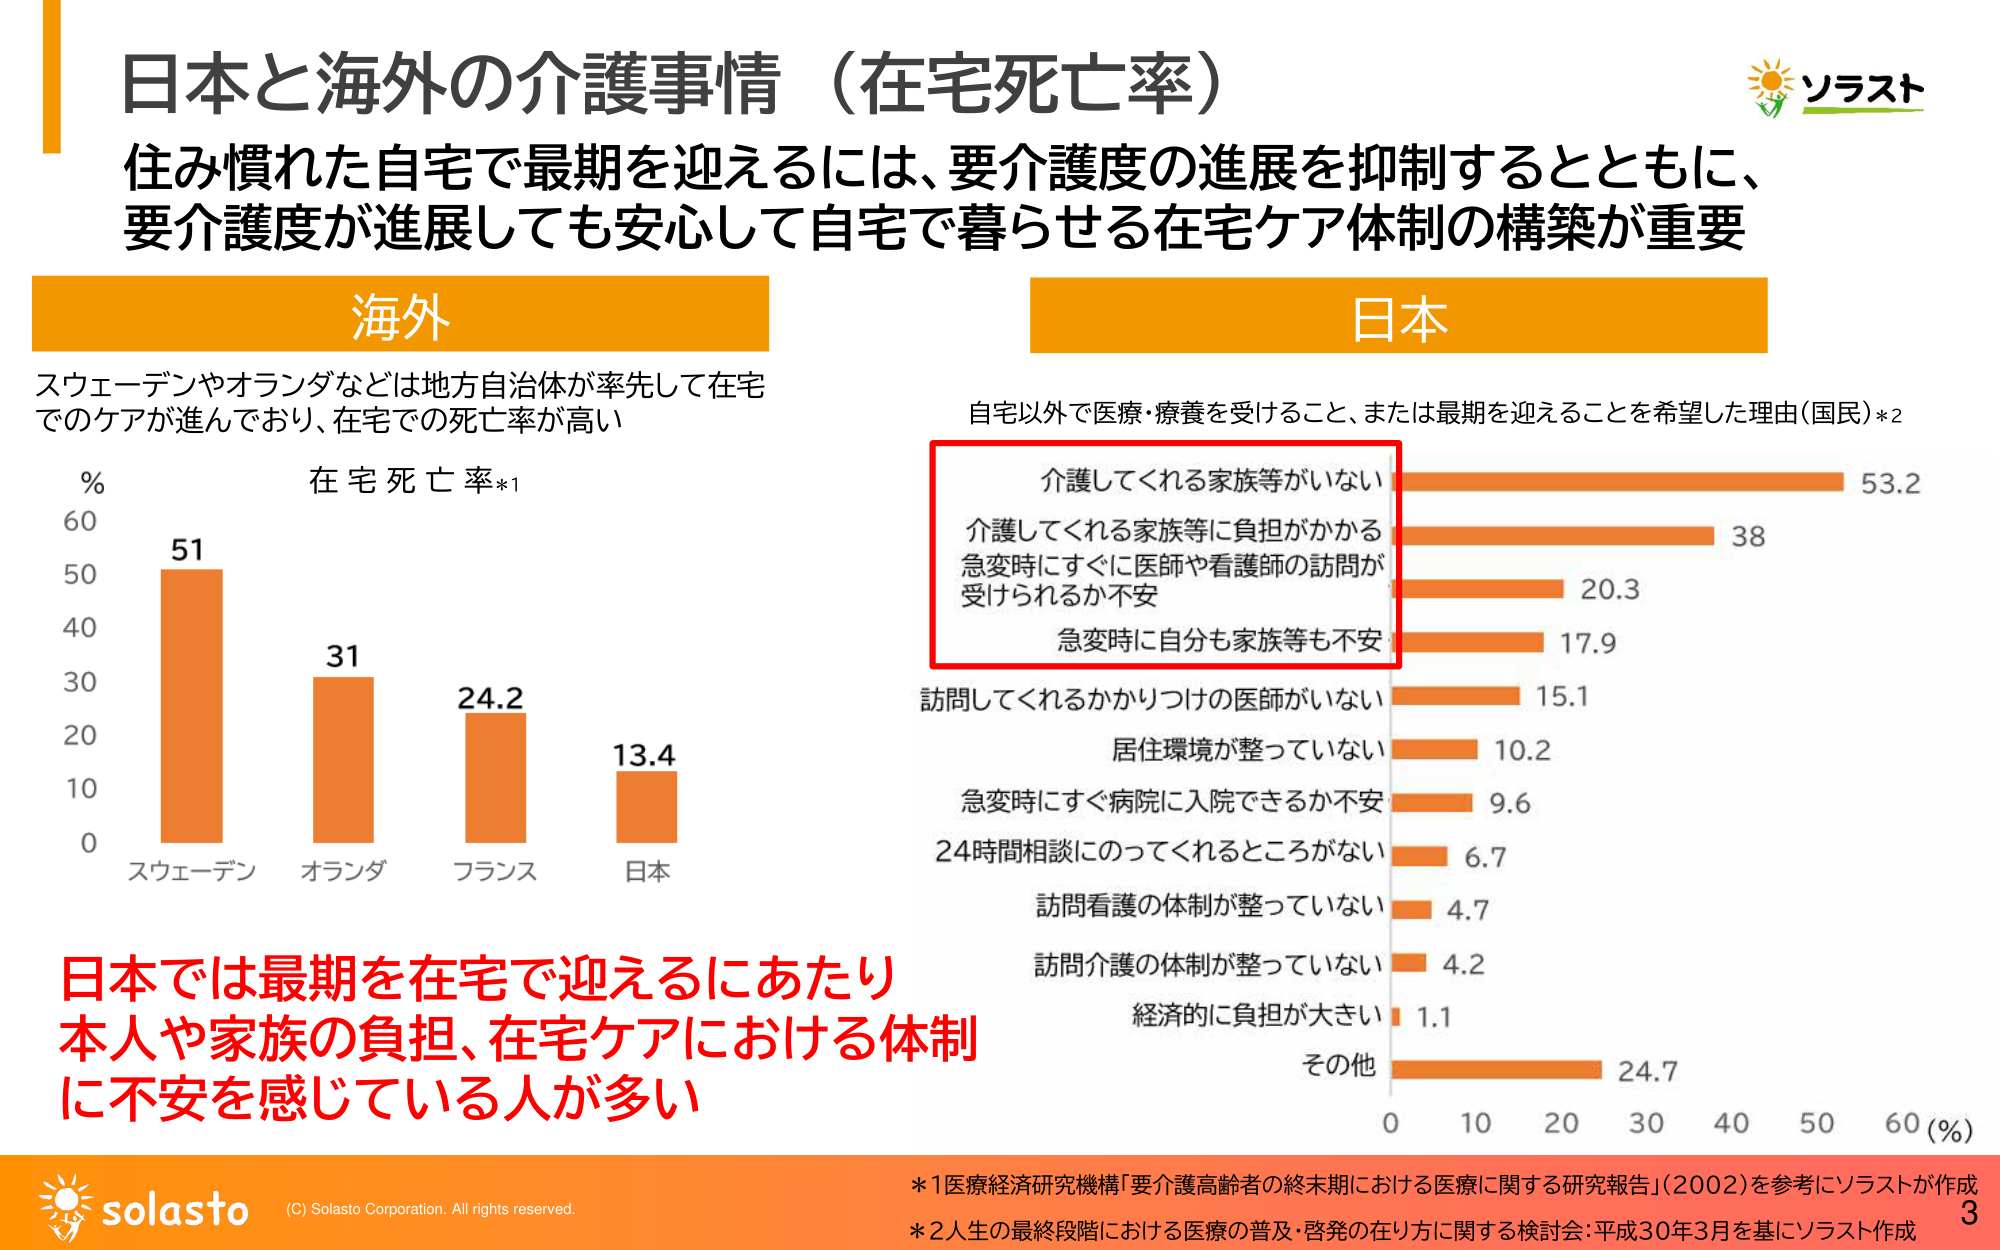
日本と海外の介護事情（在宅死亡率）

住み慣れた自宅で最期を迎えるには、要介護度の進展を抑制するとともに、
要介護度が進展しても安心して自宅で暮らせる在宅ケア体制の構築が重要

海外
スウェーデンやオランダなどは地方自治体が率先して在宅
でのケアが進んでおり、在宅での死亡率が高い

在宅死亡率*1
% 60
51
50
31
40
24.2
30
13.4
20
10
0
スウェーデン オランダ フランス 日本

日本
自宅以外で医療・療養を受けること、または最期を迎えることを希望した理由（国民）*2

介護してくれる家族等がいない 53.2
介護してくれる家族等に負担がかかる 38
急変時にすぐに医師や看護師の訪問が
受けられるか不安 20.3
急変時に自分も家族等も不安 17.9
訪問してくれるかかりつけの医師がいない 15.1
居住環境が整っていない 10.2
急変時にすぐ病院に入院できるか不安 9.6
24時間相談にのってくれるところがない 6.7
訪問看護の体制が整っていない 4.7
訪問介護の体制が整っていない 4.2
経済的に負担が大きい 1.1
その他 24.7

0 10 20 30 40 50 60 (%)

日本では最期を在宅で迎えるにあたり
本人や家族の負担、在宅ケアにおける体制
に不安を感じている人が多い

*1 医療経済研究機構「要介護高齢者の終末期における医療に関する研究報告」（2002）を参考にソラストが作成
*2 人生の最終段階における医療の普及・啓発の在り方に関する検討会：平成30年3月を基にソラスト作成

ソラスト
solasto
(C) Solasto Corporation. All rights reserved.
3